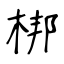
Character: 梆